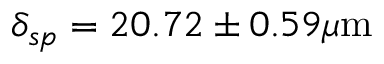
\delta _ { s p } = 2 0 . 7 2 \pm 0 . 5 9 \mu \mathrm { m }